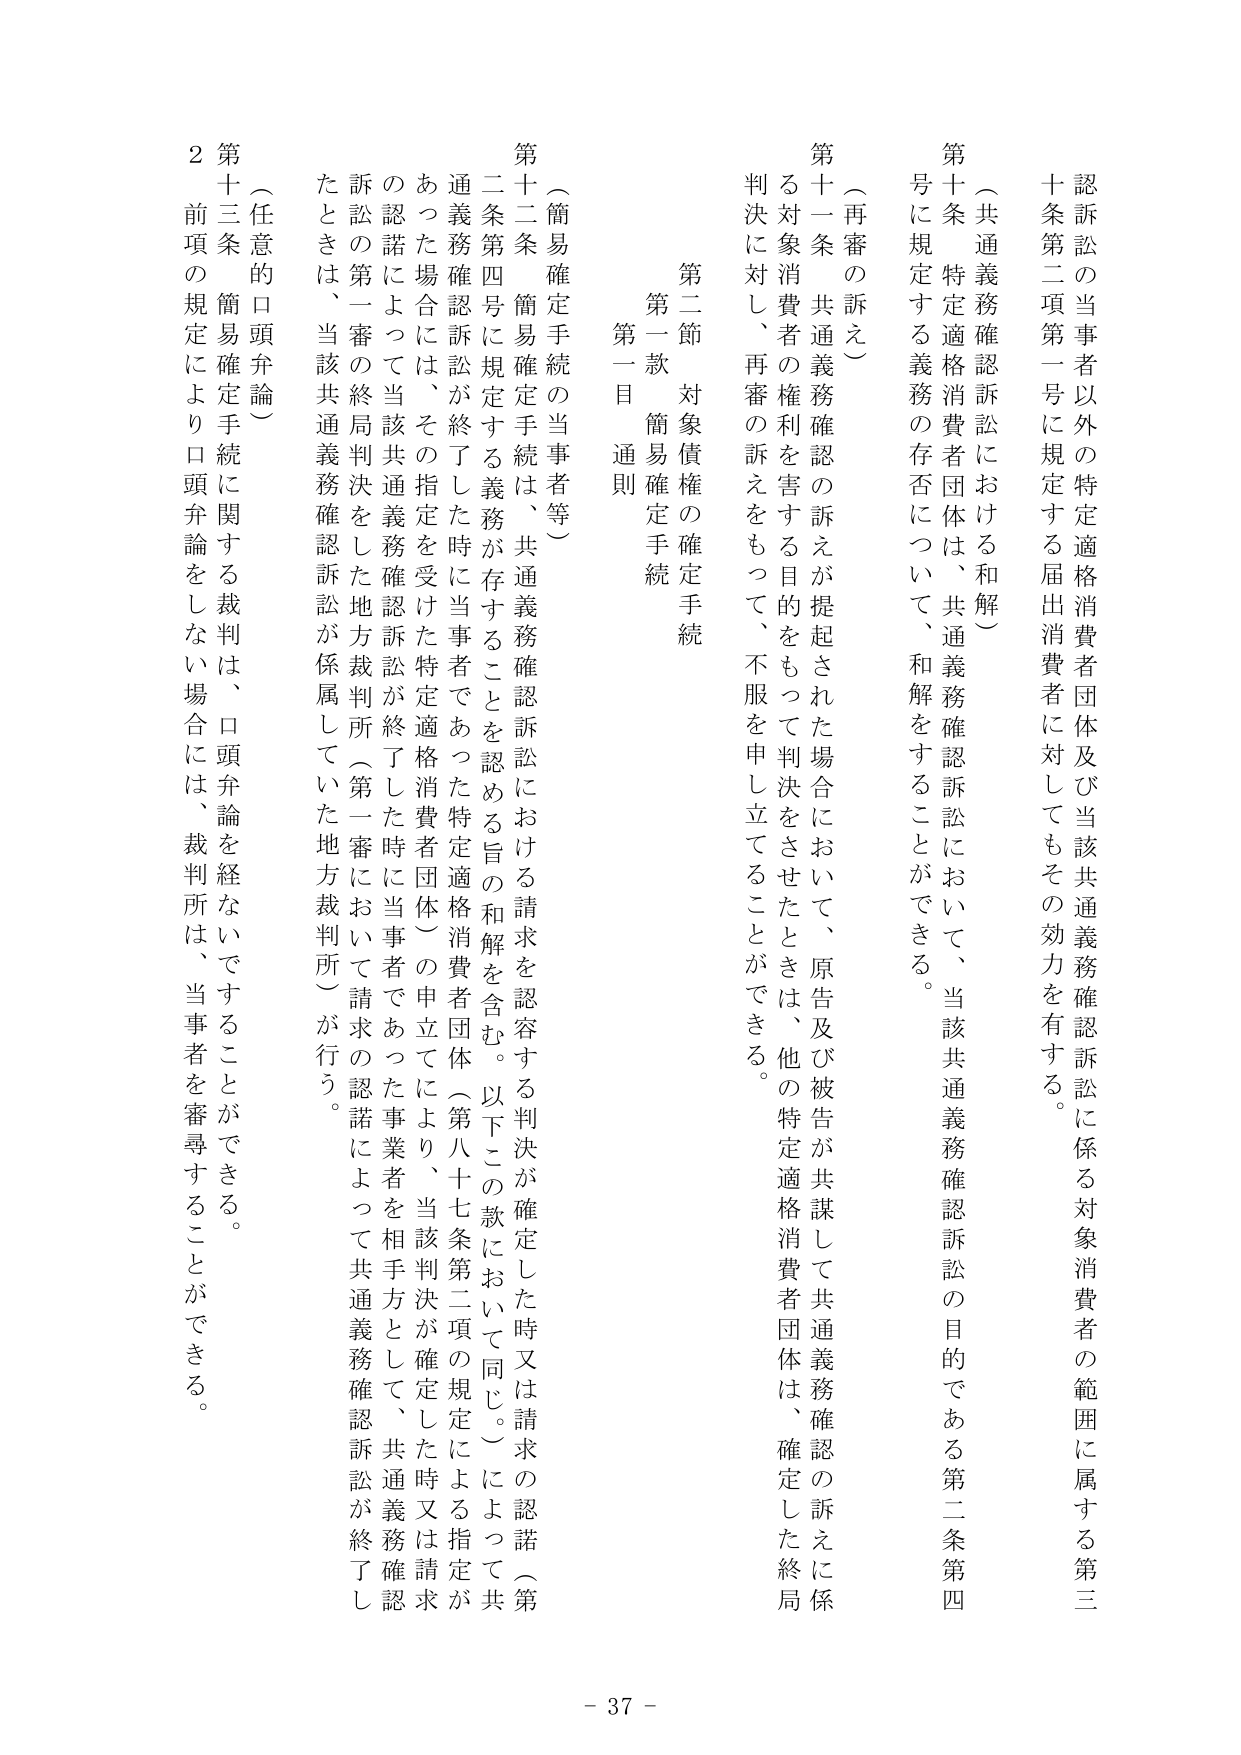
認訴訟の当事者以外の特定適格消費者団体及び当該共通義務確認訴訟に係る対象消費者の範囲に属する第三十条第二項第一号に規定する届出消費者に対してもその効力を有する。

（共通義務確認訴訟における和解）

第十条 特定適格消費者団体は、共通義務確認訴訟において、当該共通義務確認訴訟の目的である第二条第四号に規定する義務の存否について、和解をすることができる。

（再審の訴え）

第十一条 共通義務確認の訴えが提起された場合において、原告及び被告が共謀して共通義務確認の訴えに係る対象消費者の権利を害する目的をもって判決をさせたときは、他の特定適格消費者団体は、確定した終局判決に対し、再審の訴えをもって、不服を申し立てることができる。

第二節 対象債権の確定手続

第一款 簡易確定手続

第一目 通則

（簡易確定手続の当事者等）

第十二条 簡易確定手続は、共通義務確認訴訟における請求を認容する判決が確定した時又は請求の認諾（第十二条第四号に規定する義務が存することを認める旨の和解を含む。以下この款において同じ。）によって共通義務確認訴訟が終了した時に当事者であった特定適格消費者団体（第八十七条第二項の規定による指定があった場合には、その指定を受けた特定適格消費者団体）の申立てにより、当該判決が確定した時又は請求の認諾によって当該共通義務確認訴訟が終了した時に当事者であった事業者を相手方として、共通義務確認訴訟の第一審の終局判決をした地方裁判所（第一審において請求の認諾によって共通義務確認訴訟が終了したときは、当該共通義務確認訴訟が係属していた地方裁判所）が行う。

（任意的口頭弁論）

第十三条 簡易確定手続に関する裁判は、口頭弁論を経ないですることができる。前項の規定により口頭弁論をしない場合には、裁判所は、当事者を審尋することができる。

- 37 -